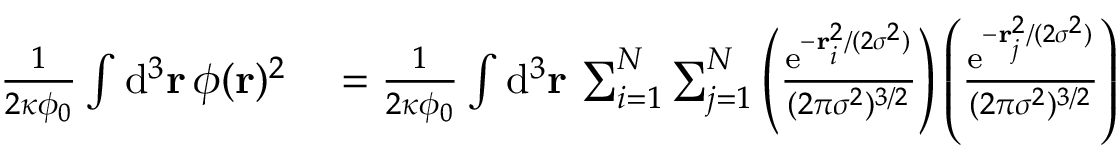
\begin{array} { r l } { \frac { 1 } { 2 \kappa \phi _ { 0 } } \int \mathrm { d } ^ { 3 } \mathbf { r } \, \phi ( \mathbf { r } ) ^ { 2 } } & { { } = \frac { 1 } { 2 \kappa \phi _ { 0 } } \int \mathrm { d } ^ { 3 } \mathbf { r } \, \sum _ { i = 1 } ^ { N } \sum _ { j = 1 } ^ { N } \left( \frac { \mathrm { e } ^ { - \mathbf { r } _ { i } ^ { 2 } / ( 2 \sigma ^ { 2 } ) } } { ( 2 \pi \sigma ^ { 2 } ) ^ { 3 / 2 } } \right) \left( \frac { \mathrm { e } ^ { - \mathbf { r } _ { j } ^ { 2 } / ( 2 \sigma ^ { 2 } ) } } { ( 2 \pi \sigma ^ { 2 } ) ^ { 3 / 2 } } \right) } \end{array}